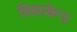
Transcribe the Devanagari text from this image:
विद्याकेन्द्र